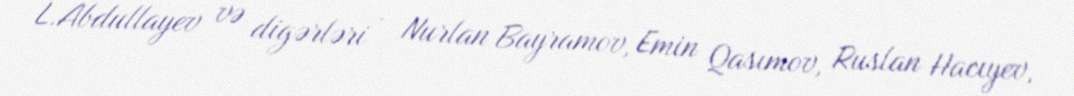
L.Abdullayev və digərləri - Nurlan Bayramov, Emin Qasımov, Ruslan Hacıyev,